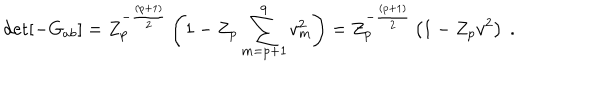
LaTeX: \det [ - G _ { a b } ] = Z _ { p } ^ { - { \frac { ( p + 1 ) } { 2 } } } \left( 1 - Z _ { p } \sum _ { m = p + 1 } ^ { 9 } v _ { m } ^ { 2 } \right) = Z _ { p } ^ { - { \frac { ( p + 1 ) } { 2 } } } \left( 1 - Z _ { p } v ^ { 2 } \right) \ .